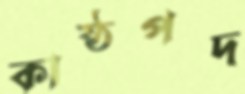
কাষ্ঠপদ